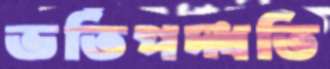
ভর্তিপদ্ধতি